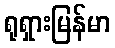
ရုရှားမြန်မာ